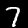
Label: 7